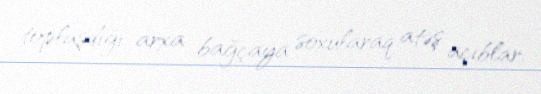
toplaşdığı arxa bağçaya soxularaq atəş açıblar.